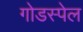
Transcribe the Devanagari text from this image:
गोडस्पेल